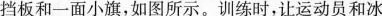
挡板和一面小旗，如图所示。训练时，让运动员和冰